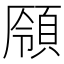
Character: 𩓒